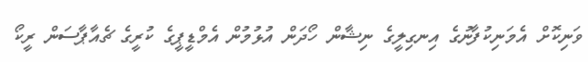
ވަނިކޮށް އެމަނިކުފާނުގެ އިނގިލީގެ ނިޝާން ހޯދަން އުޅުމުން އެމްޑީޕީގެ ކުރީގެ ޗެއާޕާސަން ރީކޯ